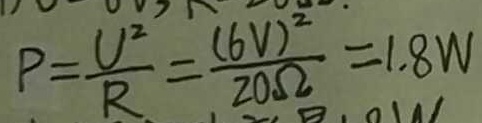
P = \frac { U ^ { 2 } } { R } = \frac { ( 6 V ) ^ { 2 } } { 2 0 \Omega } = 1 . 8 W